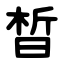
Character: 晳